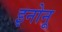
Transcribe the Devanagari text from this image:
इनोनू